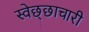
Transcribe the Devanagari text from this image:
स्वेछ्छाचारी